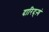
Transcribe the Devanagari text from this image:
दारिद्ऱ्यं